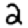
Digit: 2